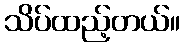
သိပ်ထည့်တယ်။